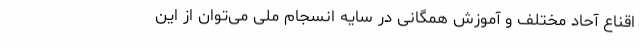
اقناع آحاد مختلف و آموزش همگانی در سایه انسجام ملی می‌توان از این